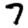
Digit: 7